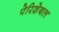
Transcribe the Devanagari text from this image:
पेरिशेबल